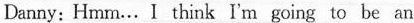
Danny: Hmm.. I think I'm going to be an